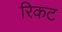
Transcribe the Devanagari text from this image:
रिकट